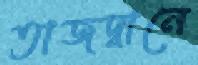
তাজদ্বানে